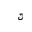
Letter: _ta